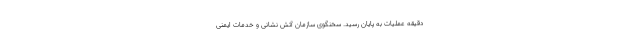
دقیقه عملیات به پایان رسید. سخنگوی سازمان آتش نشانی و خدمات ایمنی